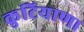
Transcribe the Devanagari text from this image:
कुटियाणा